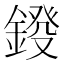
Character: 𨨻